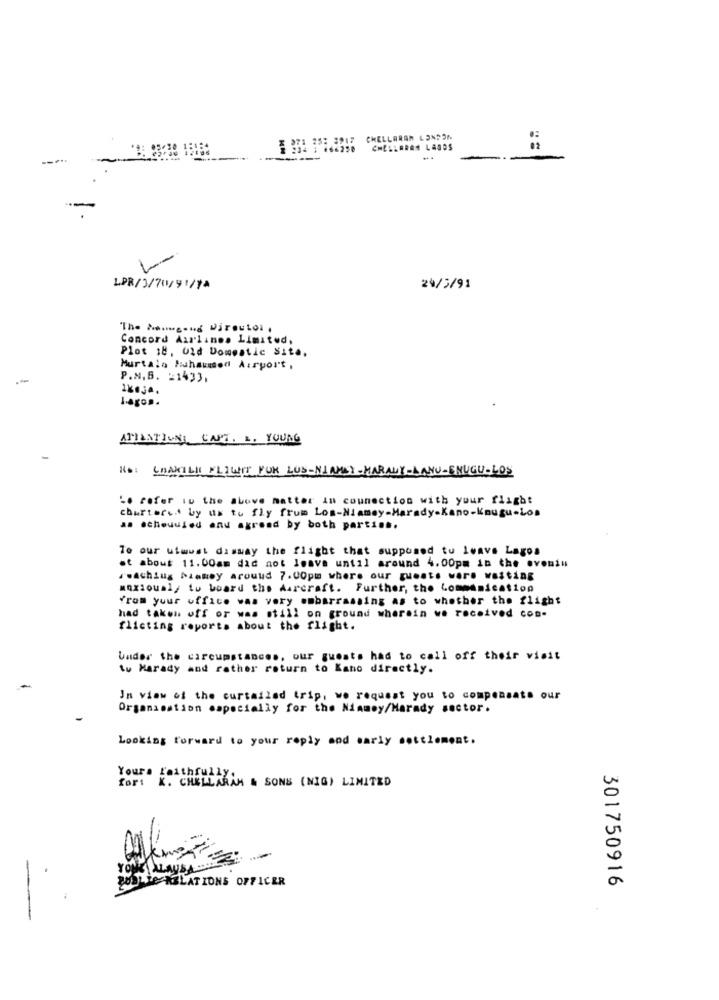
: 25: 3917
CHELLARAN LONDON
: 666258
CHELLARAS LAGOS
==
-
-
LPR/3/70/91/14
24/3/91
The Moongong DireuLol ,
Concord Airlines Limited,
Plot 18, Old Domestic Site,
Murtalo Muhammed Airport ,
P.N.B. 21433.
1Kej4.
ATILATIONI CAPT. L. YOUNG
Rs: LAAKILLI FLIWIE FUR LUS-NIAMEY -MARANY-MANU-ENUGU-LOS
L. refer iu the above matter in connection with your flight
chartered by us to fly frum Los-Niamey-Marady-Kano-Knugu-Los
as scheduled and agreed by both parties.
To our utwust disway the flight that supposed tu leave Lagos
at about 11.00am did not leave until around 4.00pm in the evenin
reaching Niamey around 7.00pm where our guests were waiting
anxiously to board the Aircraft. Further, the Commandeation
from your office was very embarrassing as to whether the flight
had taken off or was still on ground wherein we received con-
flicting reports about the flight.
Under the circumstances, our guests had to call off their visit
tu Marady and rather return to Kano directly.
In view of the curtailed trip, we request you to compensate our
Organisation especially for the Niamey/Harady sector.
Looking forward to your reply and sarly settlement.
Yours faithfully.
for: K. CHELLARAM & SONS (NIG) LIMITED
TE RELATIONS OFFICER
301750916